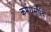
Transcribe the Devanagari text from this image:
कर्मधर्मादि